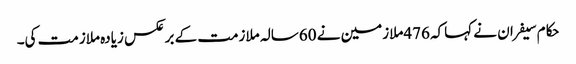
حکام سیفران نے کہاکہ 476ملازمین نے 60سالہ ملازمت کے برعکس زیادہ ملازمت کی۔